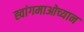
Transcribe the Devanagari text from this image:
ह्वांगमाओच्यान